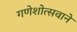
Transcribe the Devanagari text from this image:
गणेशोत्सवाने